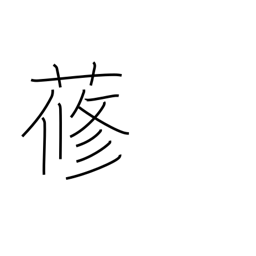
Meaning: (used only in compounds)